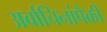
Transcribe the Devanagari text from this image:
अर्वाचिनांपैकी